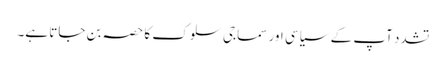
تشدد آپ کے سیاسی اور سماجی سلوک کا حصہ بن جاتا ہے۔